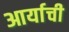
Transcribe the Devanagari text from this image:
आर्याची